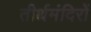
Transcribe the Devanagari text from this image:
तीर्थमंदिरों